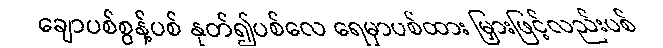
ချောပစ်စွန့်ပစ် နုတ်၍ပစ်လေ ရေမှာပစ်ထား မြှားဖြင့်လည်းပစ်